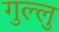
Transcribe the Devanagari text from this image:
गुल्लु